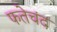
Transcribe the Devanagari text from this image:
फतेचंद